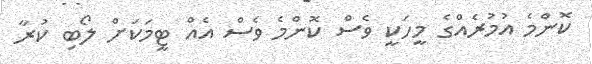
ކޮންމެ އުމުރެއްގެ މީހަކީ ވެސް ކޮންމެ ވެސް އެއް ޓީމަކަށް ލޯބި ކުރާ